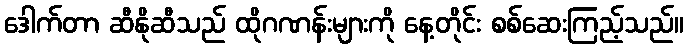
ဒေါက်တာ ဆီနိုဆီသည် ထိုဂဏန်းများကို နေ့တိုင်း စစ်ဆေးကြည့်သည်။